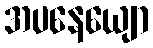
အပနေယျော